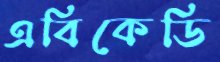
এবিকেডি